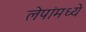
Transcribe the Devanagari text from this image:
लेपांमध्ये